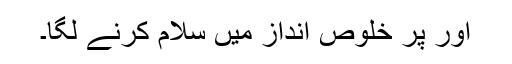
اور پر خلوص انداز میں سلام کرنے لگا۔